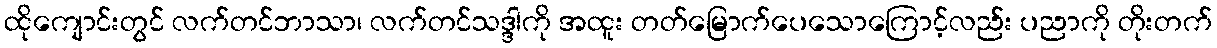
ထိုကျောင်းတွင် လက်တင်ဘာသာ၊ လက်တင်သဒ္ဒါကို အထူး တတ်မြောက်ပေသောကြောင့်လည်း ပညာကို တိုးတက်